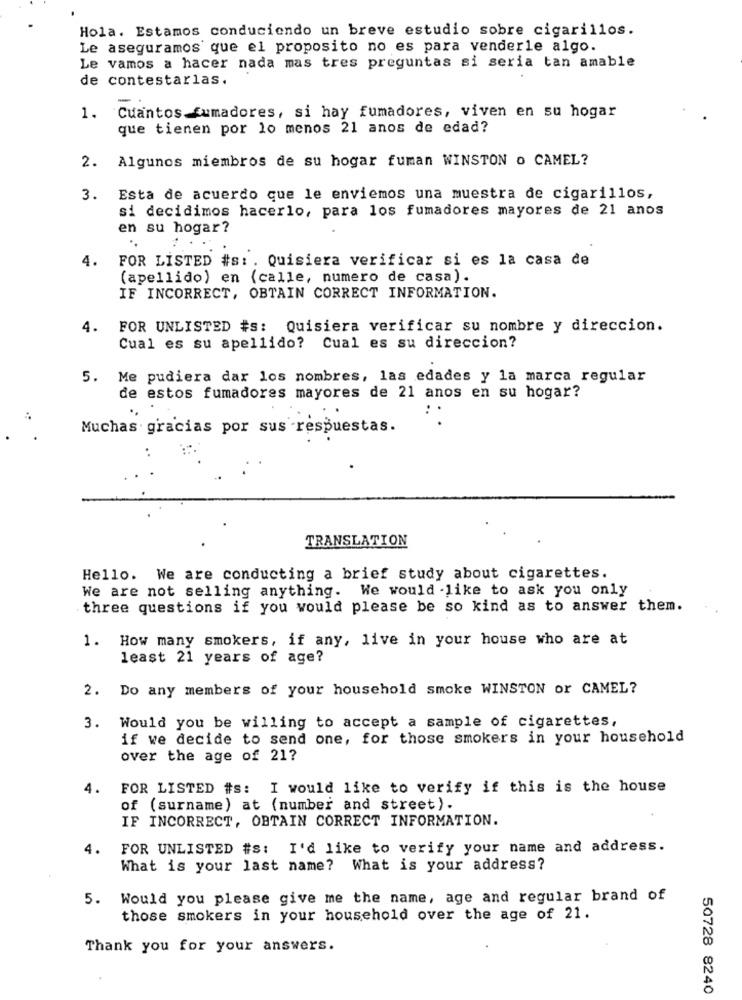
Hola. Estamos conduciendo un breve estudio sobre cigarillos.
Le aseguramos que el proposito no es para venderle algo.
Le vamos a hacer nada mas tres preguntas si seria tan amable
de contestarlas.
1. Cuantos fumadores, si hay fumadores, viven en su hogar
que tienen por lo menos 21 anos de edad?
Algunos miembros de su hogar fuman WINSTON o CAMEL?
2.
3.
Esta de acuerdo que le enviemos una muestra de cigarillos,
si decidimos hacerlo, para los fumadores mayores de 21 anos
en su hogar?
4.
FOR LISTED #s: . Quisiera verificar si es la casa de
(apellido) en (calle, numero de casa).
IF INCORRECT, OBTAIN CORRECT INFORMATION.
4.
FOR UNLISTED #s: Quisiera verificar su nombre y direccion.
Cual es su apellido? Cual es su direccion?
5. Me pudiera dar los nombres, las edades y la marca regular
de estos fumadores mayores de 21 anos en su hogar?
Muchas gracias por sus respuestas.
..
TRANSLATION
Hello. We are conducting a brief study about cigarettes.
We are not selling anything. We would like to ask you only
three questions if you would please be so kind as to answer them.
How many smokers, if any, live in your house who are at
1.
least 21 years of age?
2. Do any members of your household smoke WINSTON or CAMEL?
3. Would you be willing to accept a sample of cigarettes,
if we decide to send one, for those smokers in your household
over the age of 21?
4.
FOR LISTED #s: I would like to verify if this is the house
of (surname) at (number and street).
IF INCORRECT, OBTAIN CORRECT INFORMATION.
4.
FOR UNLISTED #s: I'd like to verify your name and address.
What is your last name? What is your address?
5. Would you please give me the name, age and regular brand of
those smokers in your household over the age of 21.
Thank you for your answers.
50728 8240